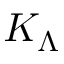
K _ { \Lambda }